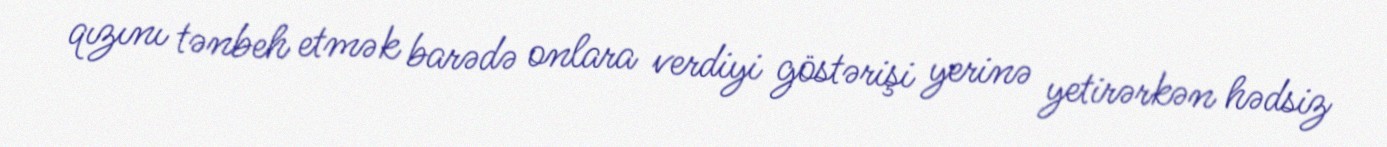
qızını tənbeh etmək barədə onlara verdiyi göstərişi yerinə yetirərkən hədsiz